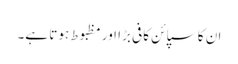
ان کا سپائن کافی بڑا اور مظبوط ہوتا ہے۔